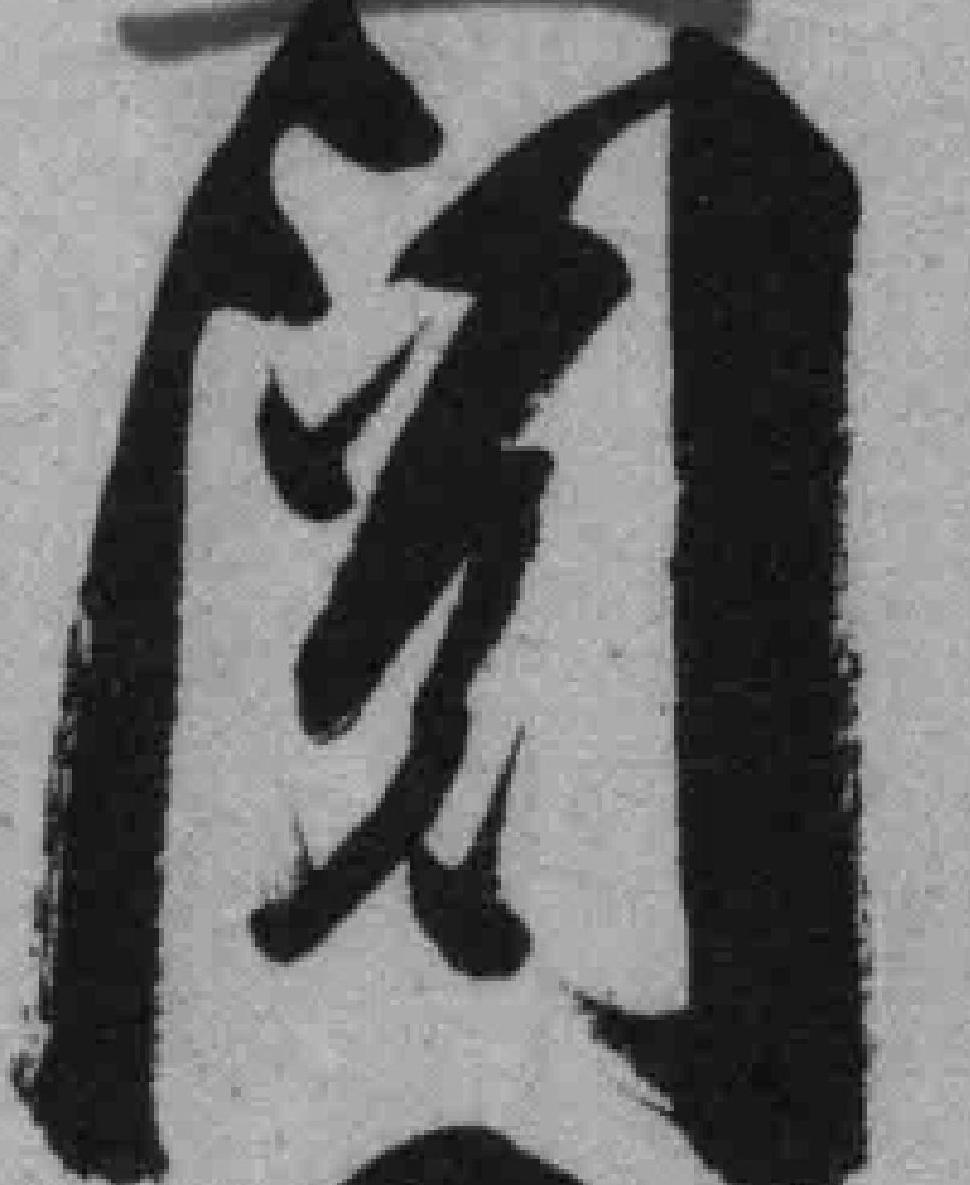
阅